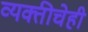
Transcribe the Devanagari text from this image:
व्यक्तीचेही